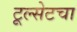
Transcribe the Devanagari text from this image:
टूल्सेटचा